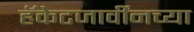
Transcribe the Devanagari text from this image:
हॅकेटजार्वींनच्या